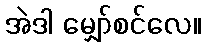
အဲဒါ မျှော်စင်လေ။